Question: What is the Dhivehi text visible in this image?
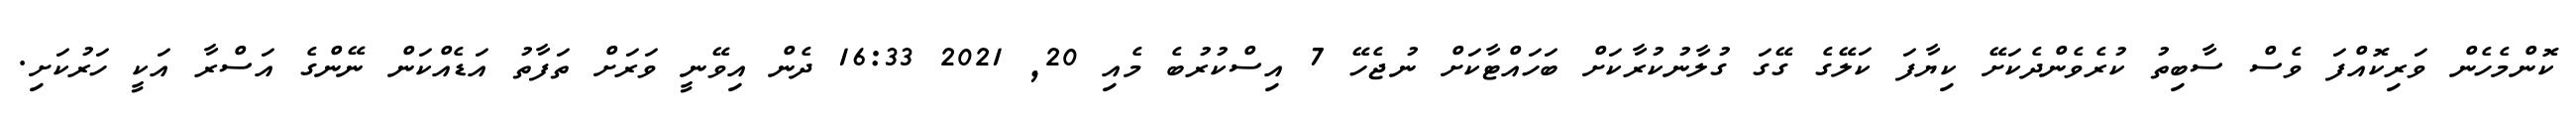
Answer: ކޮންމެހެން ވަރިކޮއްފަ ވެސް ސާބިތު ކުރެވެންދެކަށޭ ކިޔާފަ ކަލޭގެ ގޭގަ ގުލާނުކުރާކަށް ބަހައްޓާކަށް ނުޖެހޭ 7 އިސްކުރުބެ މެއި 20, 2021 16:33 ދެން އިވޭނީ ވަރަށް ތަފާތު އަޑެއްކަން ނޭންގެ އަސްރާ އަކީ ހަރުކަށި.